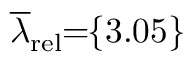
\! \! \! \! \! \! \overline { { \lambda } } _ { \mathrm { { r e l } } } \! \! = \! \! \{ 3 . 0 5 \} \! \! \!